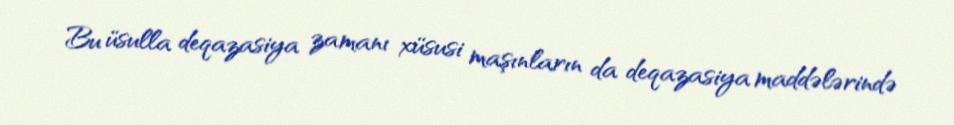
Bu üsulla deqazasiya zamanı xüsusi maşınların da deqazasiya maddələrində